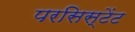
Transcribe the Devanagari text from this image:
परसिस्टेंट